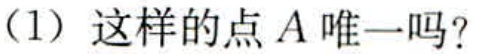
(1) 这样的点 \(A\) 唯一吗？